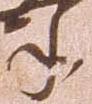
年